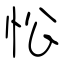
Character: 忪